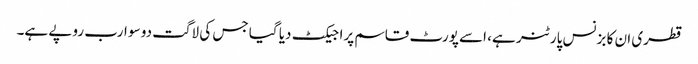
قطری ان کا بزنس پارٹنر ہے، اسے پورٹ قاسم پراجیکٹ دیا گیا جس کی لاگت دو سو ارب روپے ہے۔